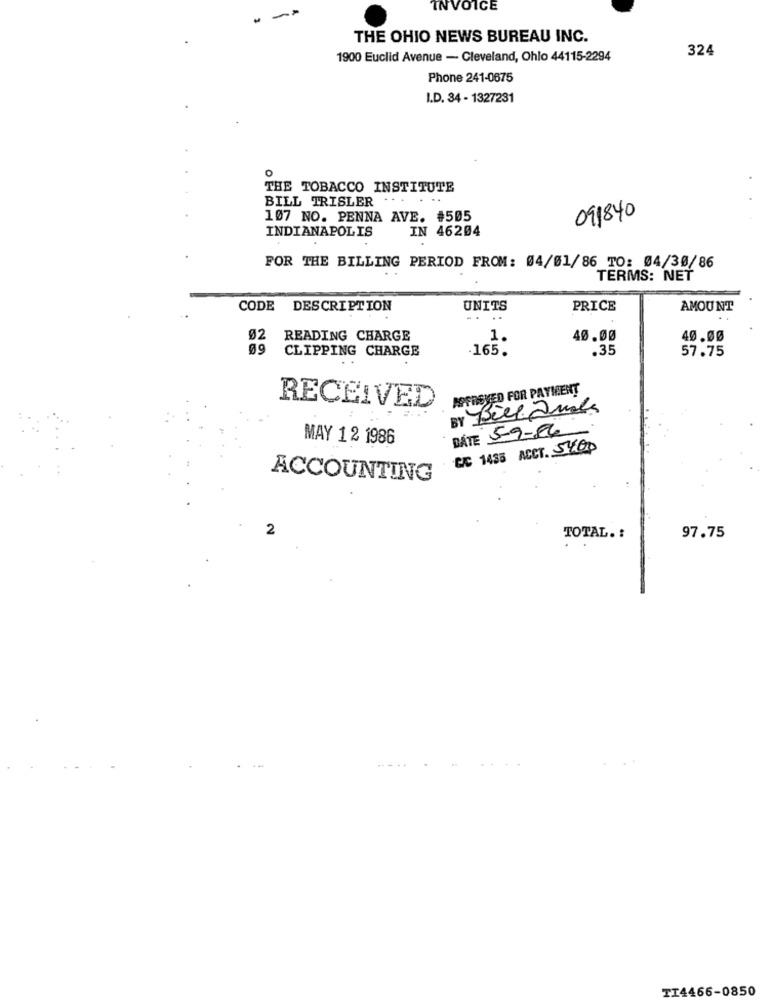
INVOICE
THE OHIO NEWS BUREAU INC.
324
1900 Euclid Avenue - Cleveland, Ohio 44115-2294
Phone 241-0675
I.D. 34 - 1327231
0
THE TOBACCO INSTITUTE
BILL TRISLER . . . . ..
107 NO. PENNA AVE. #505
091840
INDIANAPOLIS
IN 46204
FOR THE BILLING PERIOD FROM: 04/01/86 TO: 04/30/86
TERMS: NET
CODE
DESCRIPTION
UNITS
PRICE
AMOUNT
....
02
READING CHARGE
1.
40.00
40.00
09
CLIPPING CHARGE
165.
.35
57.75
APPRISVED FOR PAYMENT
RECEIVED
BY Bell Quads
DATE 5-9-86
MAY 1 2 1986
C/C 1435 ACCT. 5400
ACCOUNTING
2
TOTAL. :
97.75
TI4466-0850